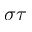
\sigma \tau